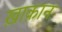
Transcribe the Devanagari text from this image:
ख़ाक़ान